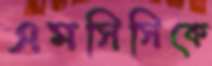
এমসিসিকে